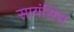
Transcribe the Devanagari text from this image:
सायंसिस